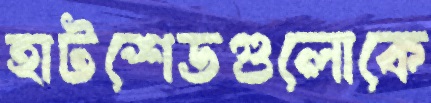
হাটশেডগুলোকে